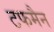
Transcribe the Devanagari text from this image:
टफमैन